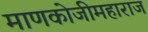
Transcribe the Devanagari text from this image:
माणकोजीमहाराज